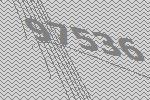
97536